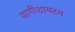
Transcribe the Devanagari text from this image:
वागीशायस्य